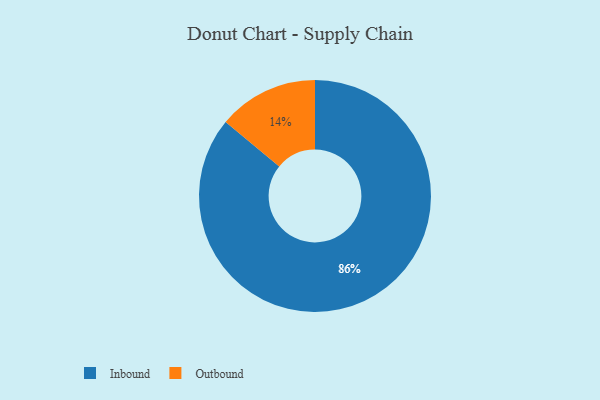
{"axis": {"x": "Category", "y": "Percentage"}, "legend": ["Inbound", "Outbound"], "data": [{"x": "Outbound", "y": 14, "type": "Outbound"}, {"x": "Inbound", "y": 86, "type": "Inbound"}]}